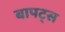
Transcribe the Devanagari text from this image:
बापट्स